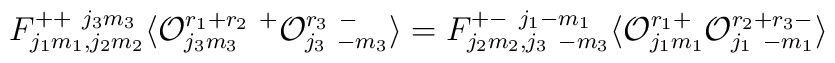
F_{j_{1}m_{1},j_{2}m_{2}}^{++~j_{3}m_{3}}\langle {\cal O}^{r_1+r_2~+}_{j_3m_3}{\cal O}^{r_3~ -}_{j_3~{-m_3}} \rangle =F_{j_{2}m_{2},j_{3}~{-m_{3}}}^{+-~j_{1}{-m_{1}}}\langle {\cal O}^{r_1+}_{j_1m_1}{\cal O}^{r_2+r_3 -}_{j_1~{-m_1}} \rangle\nonumber